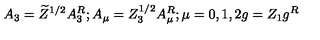
A _ { 3 } = \widetilde { Z } ^ { 1 / 2 } A _ { 3 } ^ { R } ; A _ { \mu } = Z _ { 3 } ^ { 1 / 2 } A _ { \mu } ^ { R } ; \mu = 0 , 1 , 2 g = Z _ { 1 } g ^ { R }